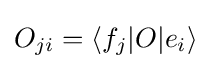
O_{ji}=\langle f_{j}|O|e_{i}\rangle